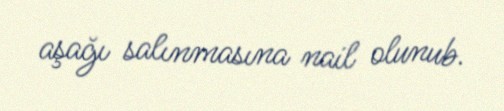
aşağı salınmasına nail olunub.